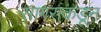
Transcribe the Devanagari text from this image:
सागराकडून